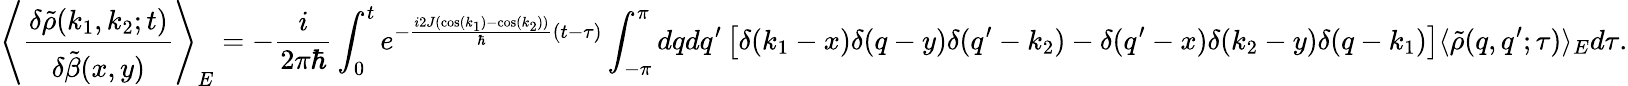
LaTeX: \left\langle\frac{\delta\tilde{\rho}(k_{1},k_{2};t)}{\delta\tilde{\beta}(x,y)}\right\rangle_{E}=-\frac{i}{2\pi\hbar}\int_{0}^{t}e^{-\frac{i2J(\cos(k_{1})-\cos(k_{2}))}{\hbar}(t-\tau)}\int_{-\pi}^{\pi}dqdq^{\prime}\left[\delta(k_{1}-x)\delta(q-y)\delta(q^{\prime}-k_{2})-\delta(q^{\prime}-x)\delta(k_{2}-y)\delta(q-k_{1})\right]\langle\tilde{\rho}(q,q^{\prime};\tau)\rangle_{E}d\tau.